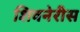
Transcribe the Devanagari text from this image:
शिवनेरीस